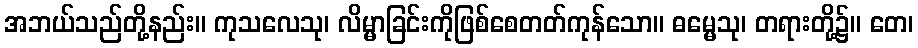
အဘယ်သည်တို့နည်း။ ကုသလေသု၊ လိမ္မာခြင်းကိုဖြစ်စေတတ်ကုန်သော။ ဓမ္မေသု၊ တရားတို့၌။ တေ၊